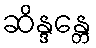
ဆိန္ဒန္တေ